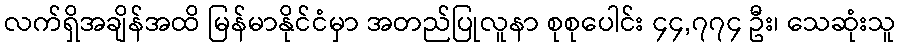
လက်ရှိအချိန်အထိ မြန်မာနိုင်ငံမှာ အတည်ပြုလူနာ စုစုပေါင်း ၄၄,၇၇၄ ဦး၊ သေဆုံးသူ